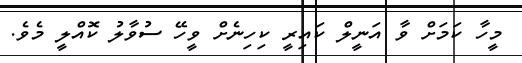
މީހާ ކަމަށް ވާ އަނީލް ކައިރީ ކިހިނެށް ވީހޭ ސުވާލު ކޮއްލީ މެވެ.